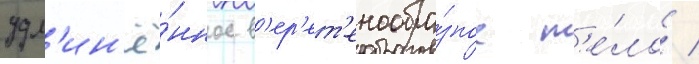
удл'ин'ё́нное в'ер'ет'енообра́зное т'е́ло /